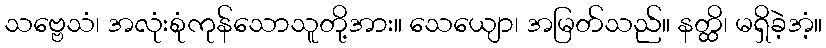
သဗ္ဗေသံ၊ အလုံးစုံကုန်သောသူတို့အား။ သေယျော၊ အမြတ်သည်။ နတ္ထိ၊ မရှိခဲ့အံ့။